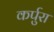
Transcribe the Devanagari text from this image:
कर्पुरा